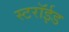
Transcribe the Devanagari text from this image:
स्टरॉईड